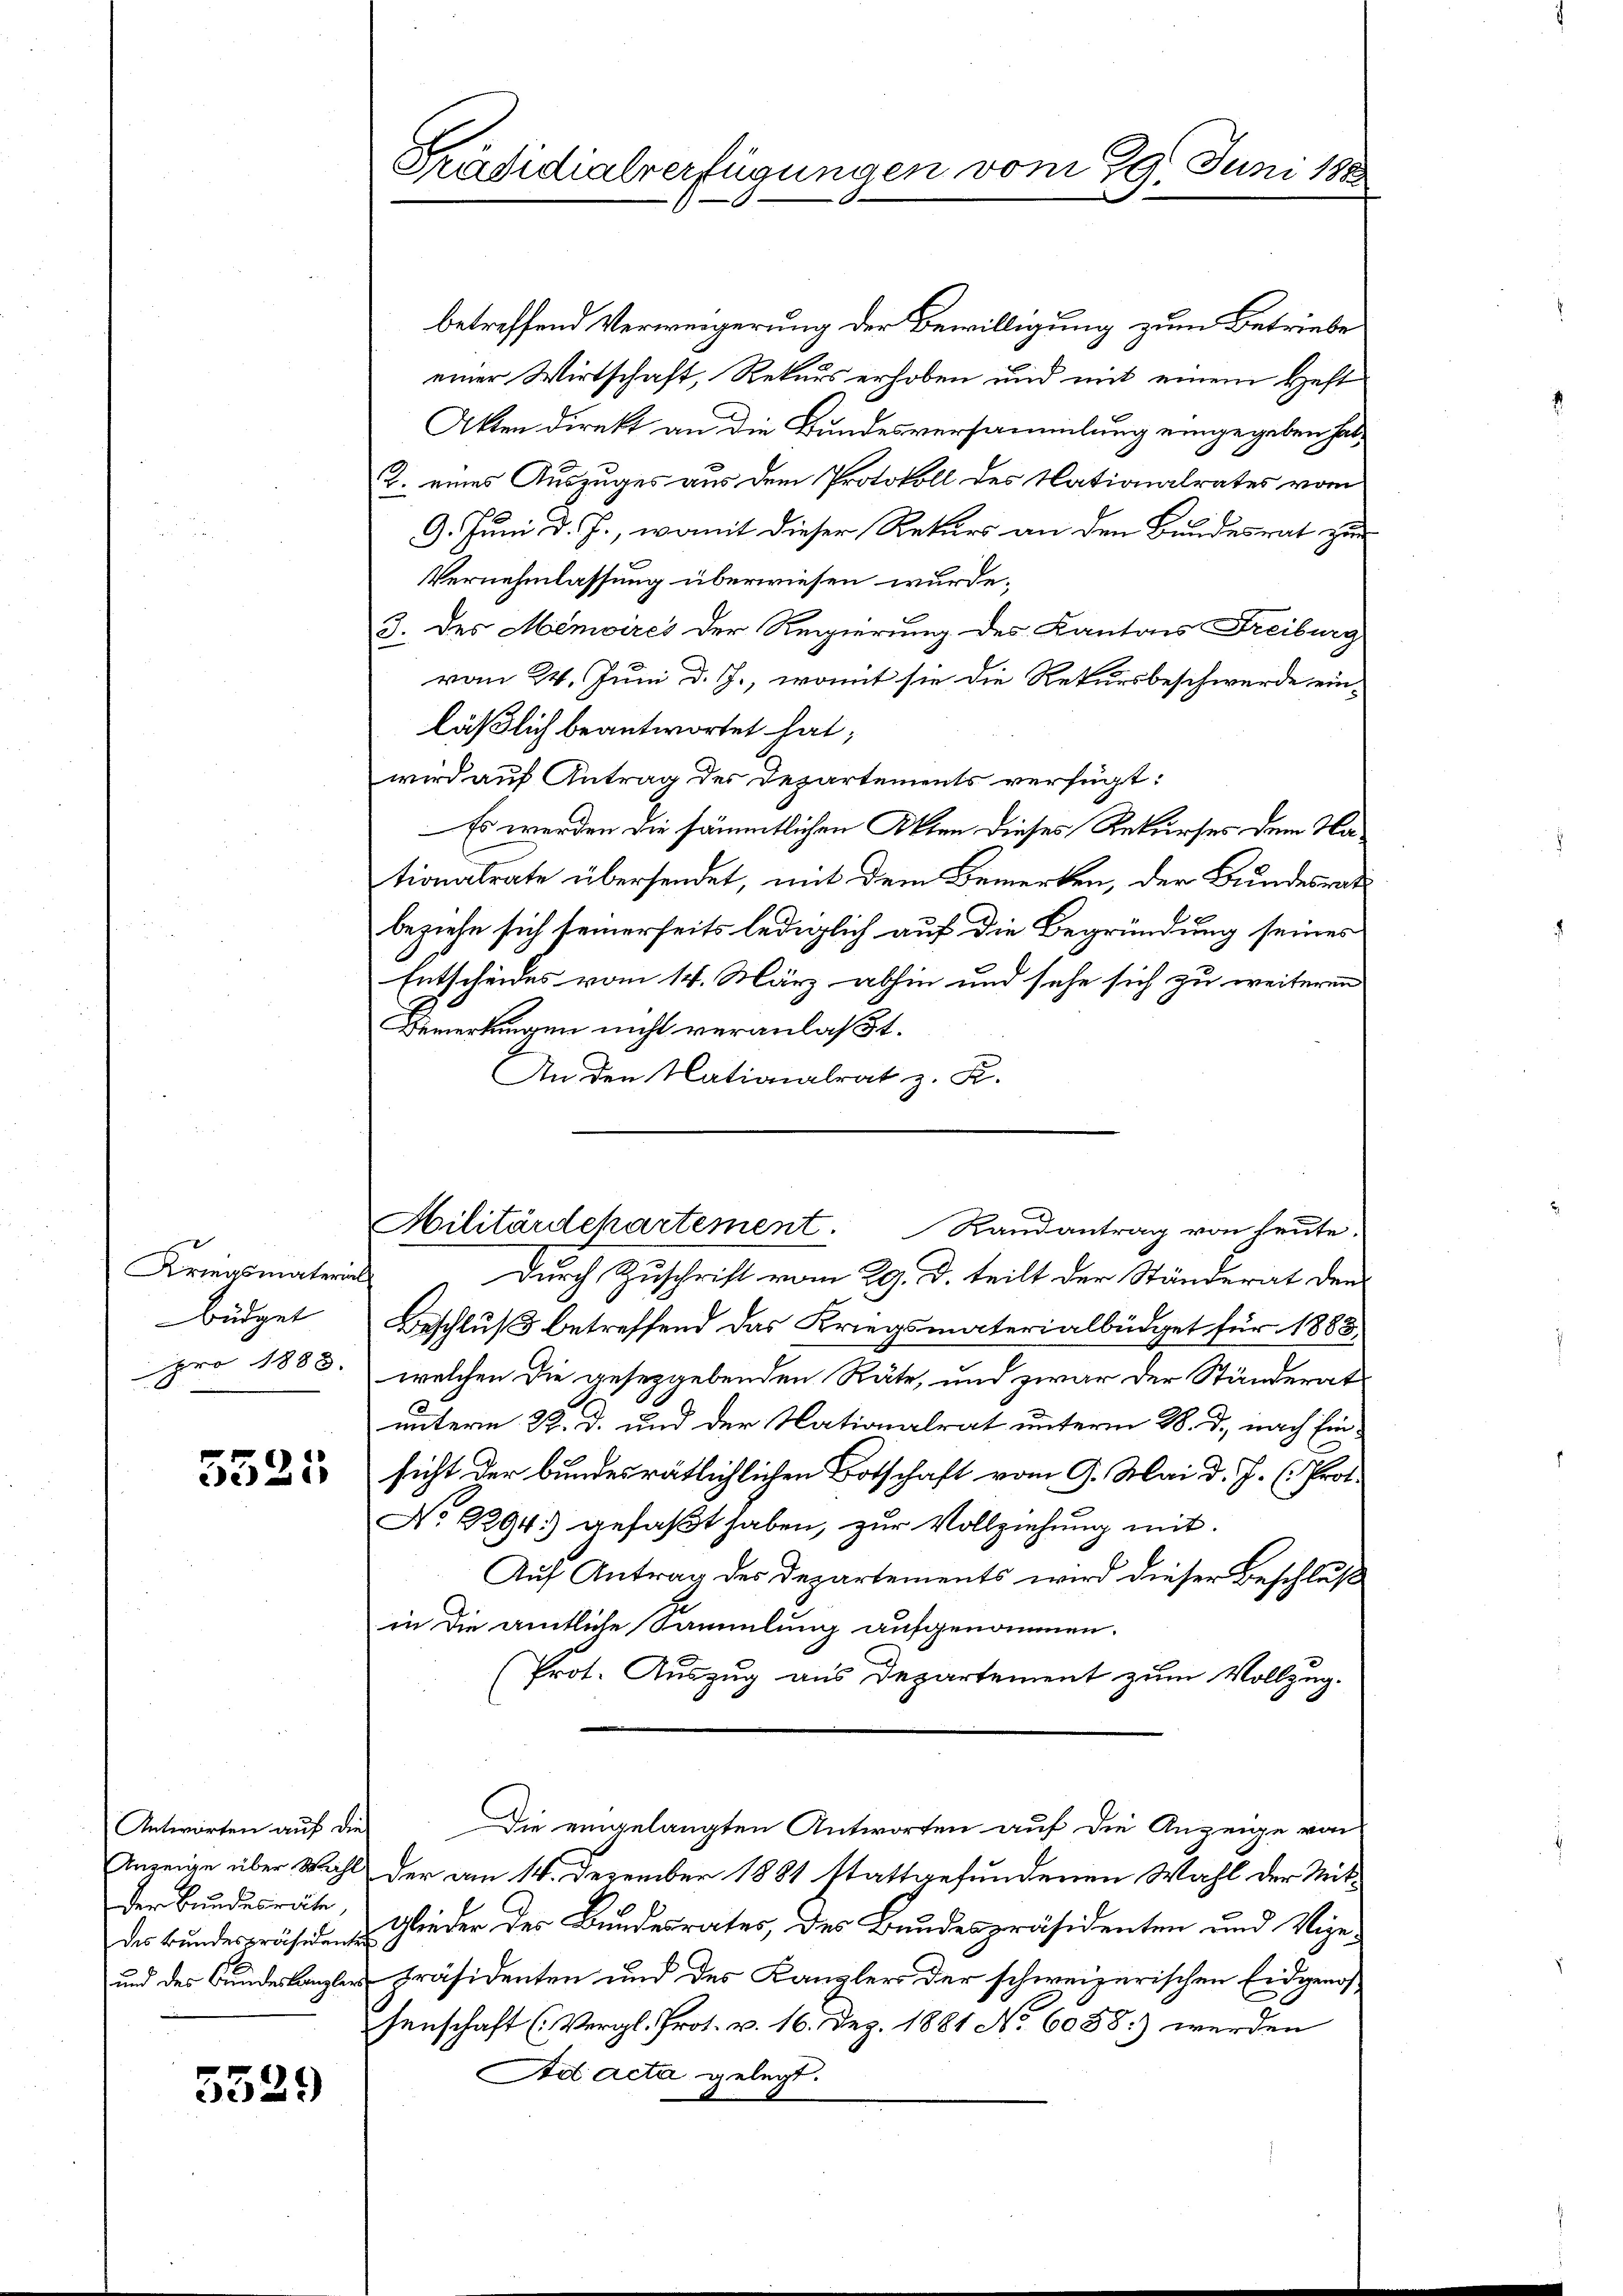
Kriegsmaterial
büdget
pro 1888.

5525

Antworten auf die
Anzeige über Wahl
Der Bundesräte
des Bundespräsidenten
und des Bundeskanzler

5529

Präsidialverfügungen vom 29. Juni 188

Militärdepartement.
Randantrag von heute.

betreffend Verweigerung der Bewilligung zum Betriebe
einer Wirtschaft, Rekurs erhoben und mit einem Heft
Akten direkt an die Bundesversammlung eingegeben hat,
2. eines Auszuges aus dem Protokoll des Nationalrates vom
9. Juni d. J., womit dieser Rekurs an den Bundesrat zur
Vernehmlassung überwiesen wurde.
3. des Meniires der Regierung des Kantons Freiburg
vom 24. Juni d. J., womit sie die Rekursbeschwerde ein-
läßlich beantwortet hat;
wird auf Antrag der Departements verfügt:
Es werden die sämmtlichen Akten dieses Rekurses dem Nationalrate übersendet, mit dem Bemerken, der Bundesrat
beziehe sich seinerseits lediglich auf die Begründung seines
Entscheides vom 14. März abhin und sehe sich zu weiteren
Bemerkungen nicht veranlaßt.
An den Nationalrat z. K.
Durch Zuschrift vom 29. d. teilt der Ständerat den
Beschluß betreffend das Kriegsmaterialbüdget für 1888
welchen die gesetzgebenden Räte, und zwar der Ständerat
unterm 22. d. und der Nationalrat unterm 28. d., nach Einsicht der bundesrätlichlichen Botschaft vom 9. Mai d. J. (Prot.
No. 2294. gefaßt haben, zur Vollziehung mit
Auf Antrag des Departements wird dieser Beschluß
in die amtliche Sammlung aufgenommen.
Prot. Auszug aus Departement zum Vollzug.
Die eingelangten Antworten auf die Anzeige von
der am 14. Dezember 1881 stattgefundenen Wahl der Mit¬
Glieder des Bundesrates, des Bundespräsidenten und Vize-
präsidenten und des Kanzler der schweizerischen Eidgenos-
senschaft (Vergl. Prot. v. 16. Dez. 1881 No 6088.) werden
Ad acta gelegt.